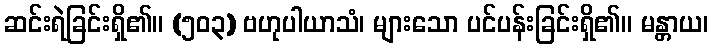
ဆင်းရဲခြင်းရှိ၏။ (၅၀၃) ဗဟုပါယာသံ၊ များသော ပင်ပန်းခြင်းရှိ၏။ မန္တာယ၊